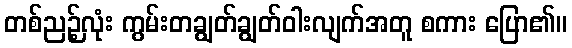
တစ်ညဉ့်လုံး ကွမ်းတချွတ်ချွတ်ဝါးလျက်အတူ စကား ပြော၏။